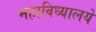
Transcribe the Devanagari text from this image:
महाविध्यालये